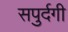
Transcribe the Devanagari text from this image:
सपुर्दगी